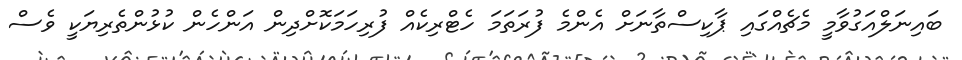
ބައިނަލްއަގުވާމީ މެޗެއްގައި ޕާކިސްތާނަށް އެންމެ ފުރަތަމަ ހެޓްރިކެއް ފުރިހަމަކޮށްދިން އަންހެން ކުޅުންތެރިޔަކީ ވެސް